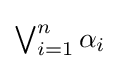
\textstyle \bigvee _{i=1}^{n}\alpha _{i}